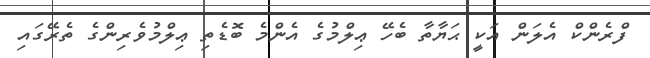
ފްރެންކް އެލަން އަކީ ޙަޔާތާ ބެހޭ ޢިލްމުގެ އެންމެ ބޮޑެތި ޢިލްމުވެރިންގެ ތެރޭގައި